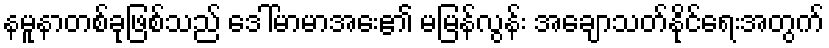
နမူနာတစ်ခုဖြစ်သည် ဒေါ်မာမာအေး၏ မမြန်လွန်း အချောသတ်နိုင်ရေးအတွက်